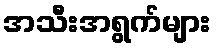
အသီးအရွက်များ